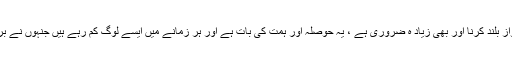
ایسے میں حق وصداقت کی آواز بلند کرنا اور بھی زیاد ہ ضروری ہے ، یہ حوصلہ اور ہمت کی بات ہے اور ہر زمانے میں ایسے لوگ کم رہے ہیں جنہوں نے بر سر عام غلط کو غلط کہا ہو ۔